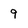
Character: 9